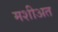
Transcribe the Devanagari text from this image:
मशीअत